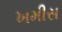
ખમીસ